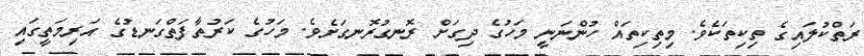
ރަތްކުލައިގެ ތިކިތަކެވެ. މިތިކިތައް ހުންނަނީ މަހުގެ ދިގަށް ރޮނގުރޮނގަށެވެ. މަހުގެ ކަރުތާފަތްގަނޑުގެ އަރިމަތީގައި